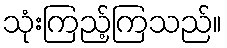
သုံးကြည့်ကြသည်။